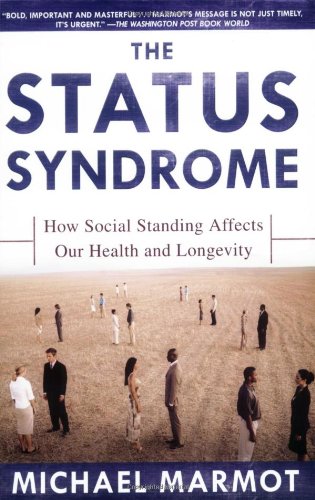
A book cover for The Status Syndrome: How Social Standing Affects Our Health and Longevity; Michael Marmot; Politics & Social Sciences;